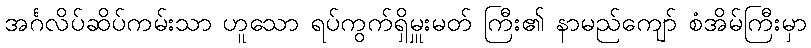
အင်္ဂလိပ်ဆိပ်ကမ်းသာ ဟူသော ရပ်ကွက်ရှိမှူးမတ် ကြီး၏ နာမည်ကျော် စံအိမ်ကြီးမှာ